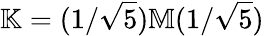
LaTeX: \mathbb{K}=(1/\sqrt{5})\mathbb{M}(1/\sqrt{5})